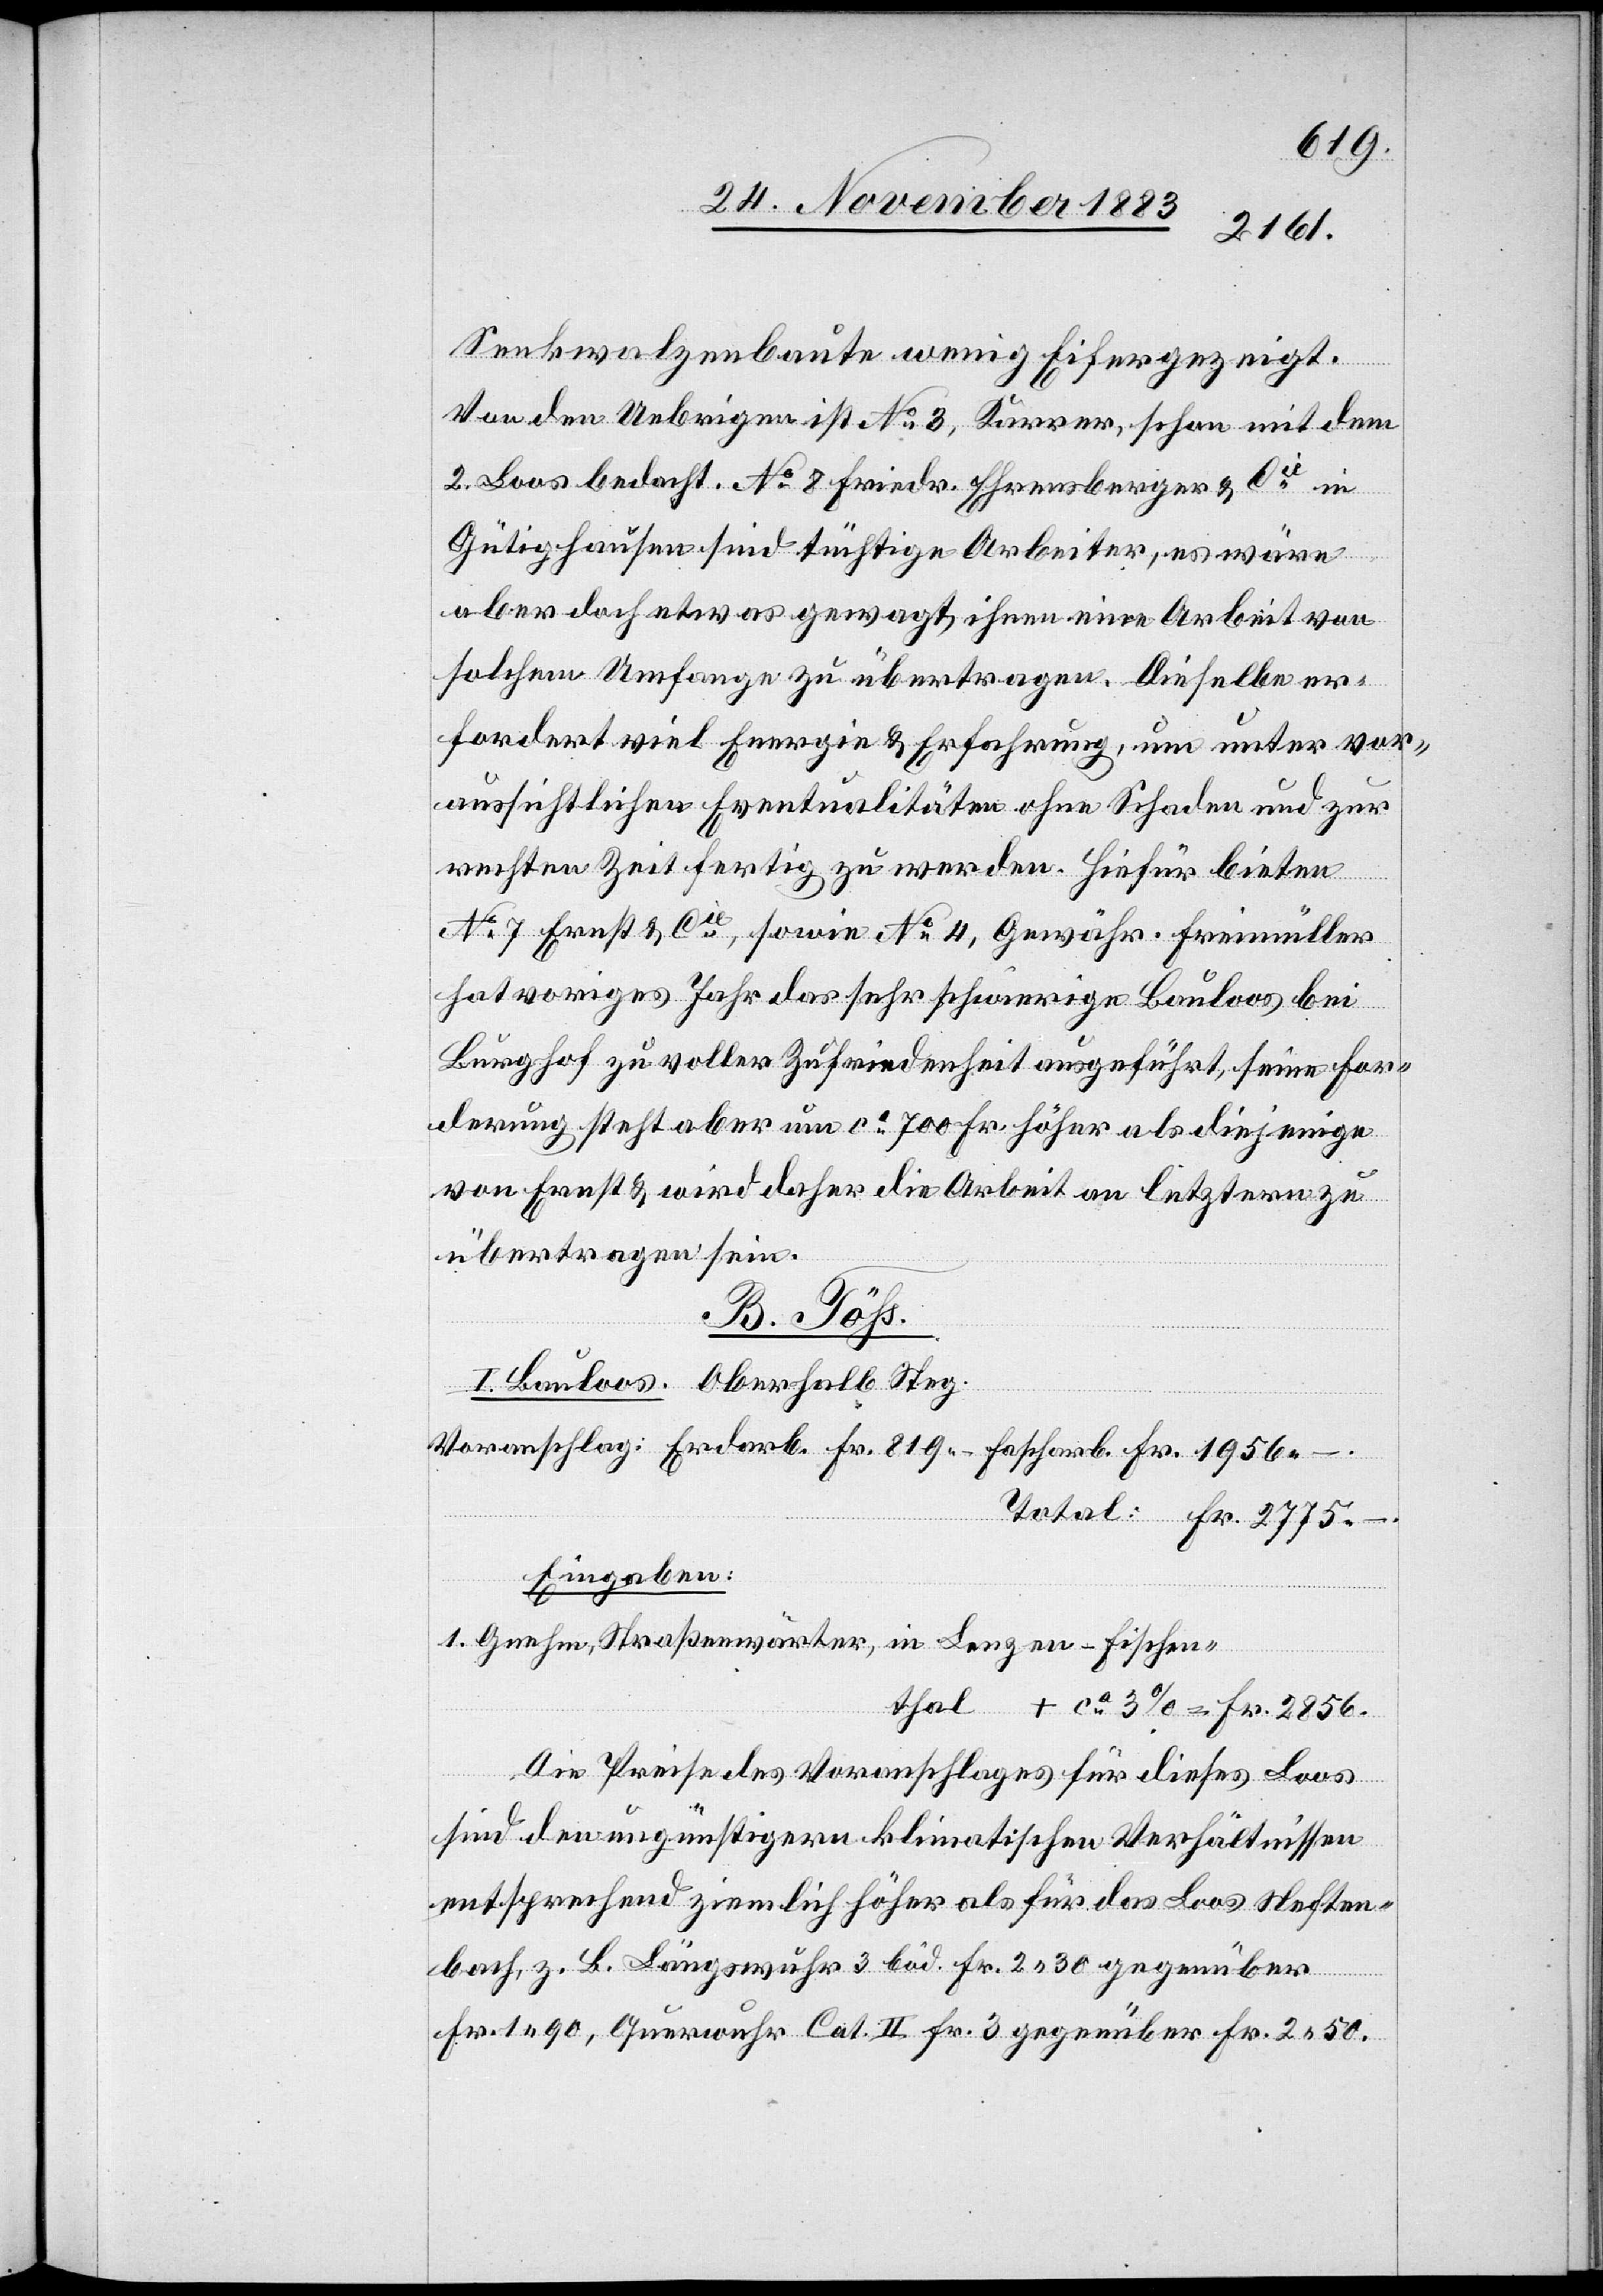
Senkwalzenbaute wenig Eifer gezeigt.
Von den Uebrigen ist No 3, Karrer, schon mit dem
2. Loos bedacht. No 8 Friedr. Ehrensberger [sic!] & Cie
Gütighausen sind tüchtige Arbeiter, es wäre
aber doch etwas gewagt, ihnen eine Arbeit von
solchem Umfange zu übertragen. Dieselbe er¬
fordert viel Energie & Erfahrung, um unter vor¬
aussichtlichen Eventualitäten ohne Schaden und zur
rechten Zeit fertig zu werden. Hiefür bieten
No 7 Ernst & Cie, sowie No 4, Gewähr. Freimüller
hat voriges Jahr das sehr schwierige Bauloos bei
Burghof zu voller Zufriedenheit ausgeführt, seine For¬
derung steht aber um ca 700 Fr. höher als diejenige
von Ernst & wird daher die Arbeit an letztern zu
übertragen sein.
B. Töß
I. Bauloos. Oberhalb Steg.
Voranschlag: Erdarb. Fr. 819 –
Fascharb. Fr. 1956 –.
Total: Fr. 2775 –.
Eingaben:
1. Gnehm, Straßenwärter, in Lengen - Fischen¬
thal +ca 3% = Fr. 2856.
Die Preise des Voranschlages für dieses Loos
sind den ungünstigern klimatischen Verhältnissen
entsprechend ziemlich höher als für das Loos Neften¬
bach, z. B. Längswuhr 3. bod. Fr. 2 30 gegenüber
Fr. 1 90, Querwuhr Cat. II Fr. 3 gegenüber Fr. 2 50.